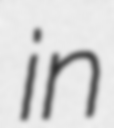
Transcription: in